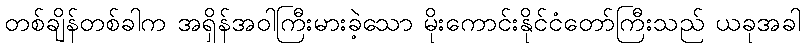
တစ်ချိန်တစ်ခါက အရှိန်အဝါကြီးမားခဲ့သော မိုးကောင်းနိုင်ငံတော်ကြီးသည် ယခုအခါ